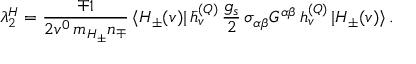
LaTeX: \lambda _ { 2 } ^ { H } = { \frac { \mp 1 } { 2 v ^ { 0 } \, m _ { H _ { \pm } } n _ { \mp } } } \, \langle H _ { \pm } ( v ) | \, \bar { h } _ { v } ^ { ( Q ) } \, \frac { g _ { s } } 2 \, \sigma _ { \alpha \beta } G ^ { \alpha \beta } \, h _ { v } ^ { ( Q ) } \, | H _ { \pm } ( v ) \rangle \, .